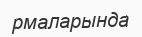
рмаларында